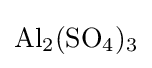
{\ce {Al_2(SO_4)_3}}